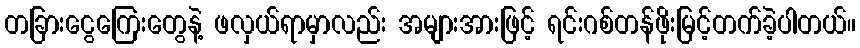
တခြားငွေကြေးတွေနဲ့ ဖလှယ်ရာမှာလည်း အများအားဖြင့် ရင်းဂစ်တန်ဖိုးမြင့်တက်ခဲ့ပါတယ်။